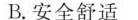
B.安全舒适